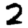
Digit: 2